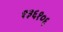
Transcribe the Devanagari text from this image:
१३६१०६